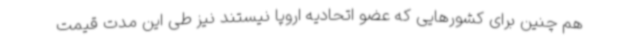
هم چنین برای کشورهایی که عضو اتحادیه اروپا نیستند نیز طی این مدت قیمت